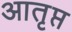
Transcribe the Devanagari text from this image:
आतृप्त